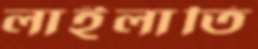
লাইলাতি